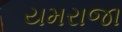
યમરાજા